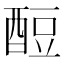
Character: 𫑶